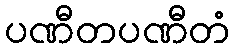
ပဏီတပဏီတံ